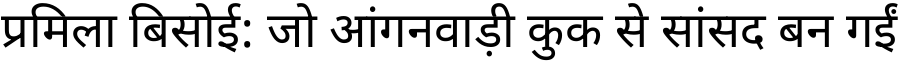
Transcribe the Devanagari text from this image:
प्रमिला बिसोई: जो आंगनवाड़ी कुक से सांसद बन गईं